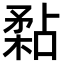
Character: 𥎁